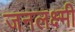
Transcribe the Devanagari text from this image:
जनलक्ष्मी